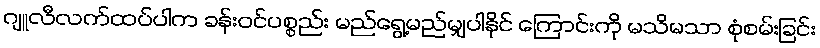
ဂျူလီလက်ထပ်ပါက ခန်းဝင်ပစ္စည်း မည်ရွေ့မည်မျှပါနိုင် ကြောင်းကို မသိမသာ စုံစမ်းခြင်း